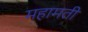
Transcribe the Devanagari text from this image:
महामती